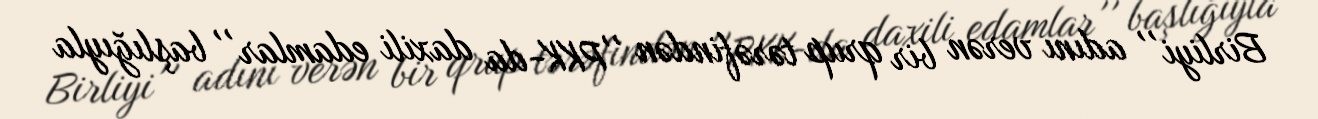
Birliyi'' adını verən bir qrup tərəfindən ''PKK-da daxili edamlar'' başlığıyla